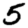
Digit: 5